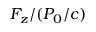
F _ { z } / ( P _ { 0 } / c )